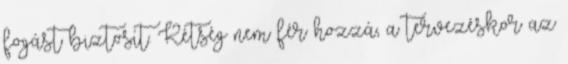
fogást biztosít. Kétség nem fér hozzá, a tervezéskor az